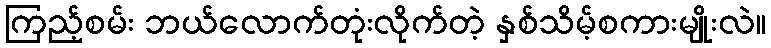
ကြည့်စမ်း ဘယ်လောက်တုံးလိုက်တဲ့ နှစ်သိမ့်စကားမျိုးလဲ။